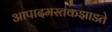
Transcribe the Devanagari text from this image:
आपादमस्तकझाडते